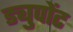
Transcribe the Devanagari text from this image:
ड्युपोंट